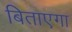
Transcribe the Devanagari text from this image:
बिताएगा